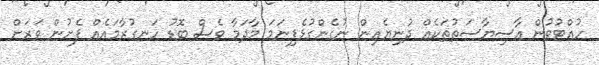
ހުއްޓުވުން އާސިޔާސަތުތަކެއް ދުނިޔެއިން ނުގެންގުޅެފިނަމަ މާދަމާ ވެސް ބޮޑު ހަނގުރާމައެއް ފެށުން ވަރަށް